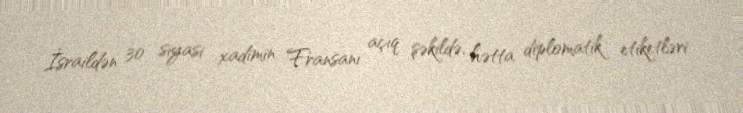
İsraildən 30 siyasi xadimin Fransanı açıq şəkildə, hətta diplomatik etiketləri